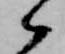
候